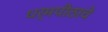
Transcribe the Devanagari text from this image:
धर्मपीठाचे